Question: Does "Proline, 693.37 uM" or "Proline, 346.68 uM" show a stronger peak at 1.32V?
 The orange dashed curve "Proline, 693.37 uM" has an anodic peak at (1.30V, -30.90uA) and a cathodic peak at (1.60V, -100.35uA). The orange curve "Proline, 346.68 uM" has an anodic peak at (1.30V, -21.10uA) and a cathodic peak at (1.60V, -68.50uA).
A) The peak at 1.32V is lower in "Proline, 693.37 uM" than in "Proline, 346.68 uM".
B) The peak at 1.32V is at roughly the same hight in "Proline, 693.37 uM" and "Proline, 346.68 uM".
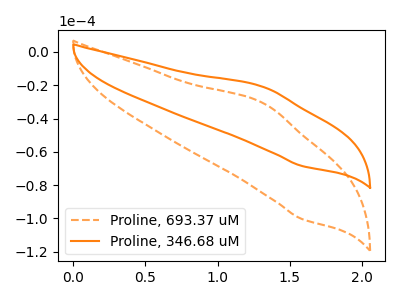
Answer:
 <answer>A) The peak at 1.32V is lower in "Proline, 693.37 uM" than in "Proline, 346.68 uM".</answer>
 <eval>A</eval>